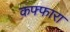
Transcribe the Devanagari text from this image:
कफ्फारा